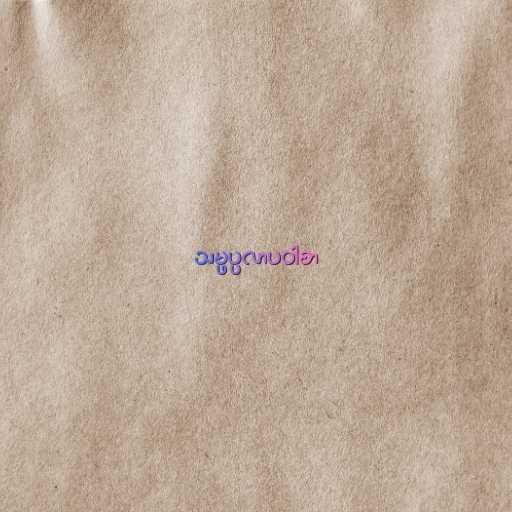
သမ္ဖပ္ပလာပဝါစာ